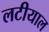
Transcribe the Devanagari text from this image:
लटीयाल